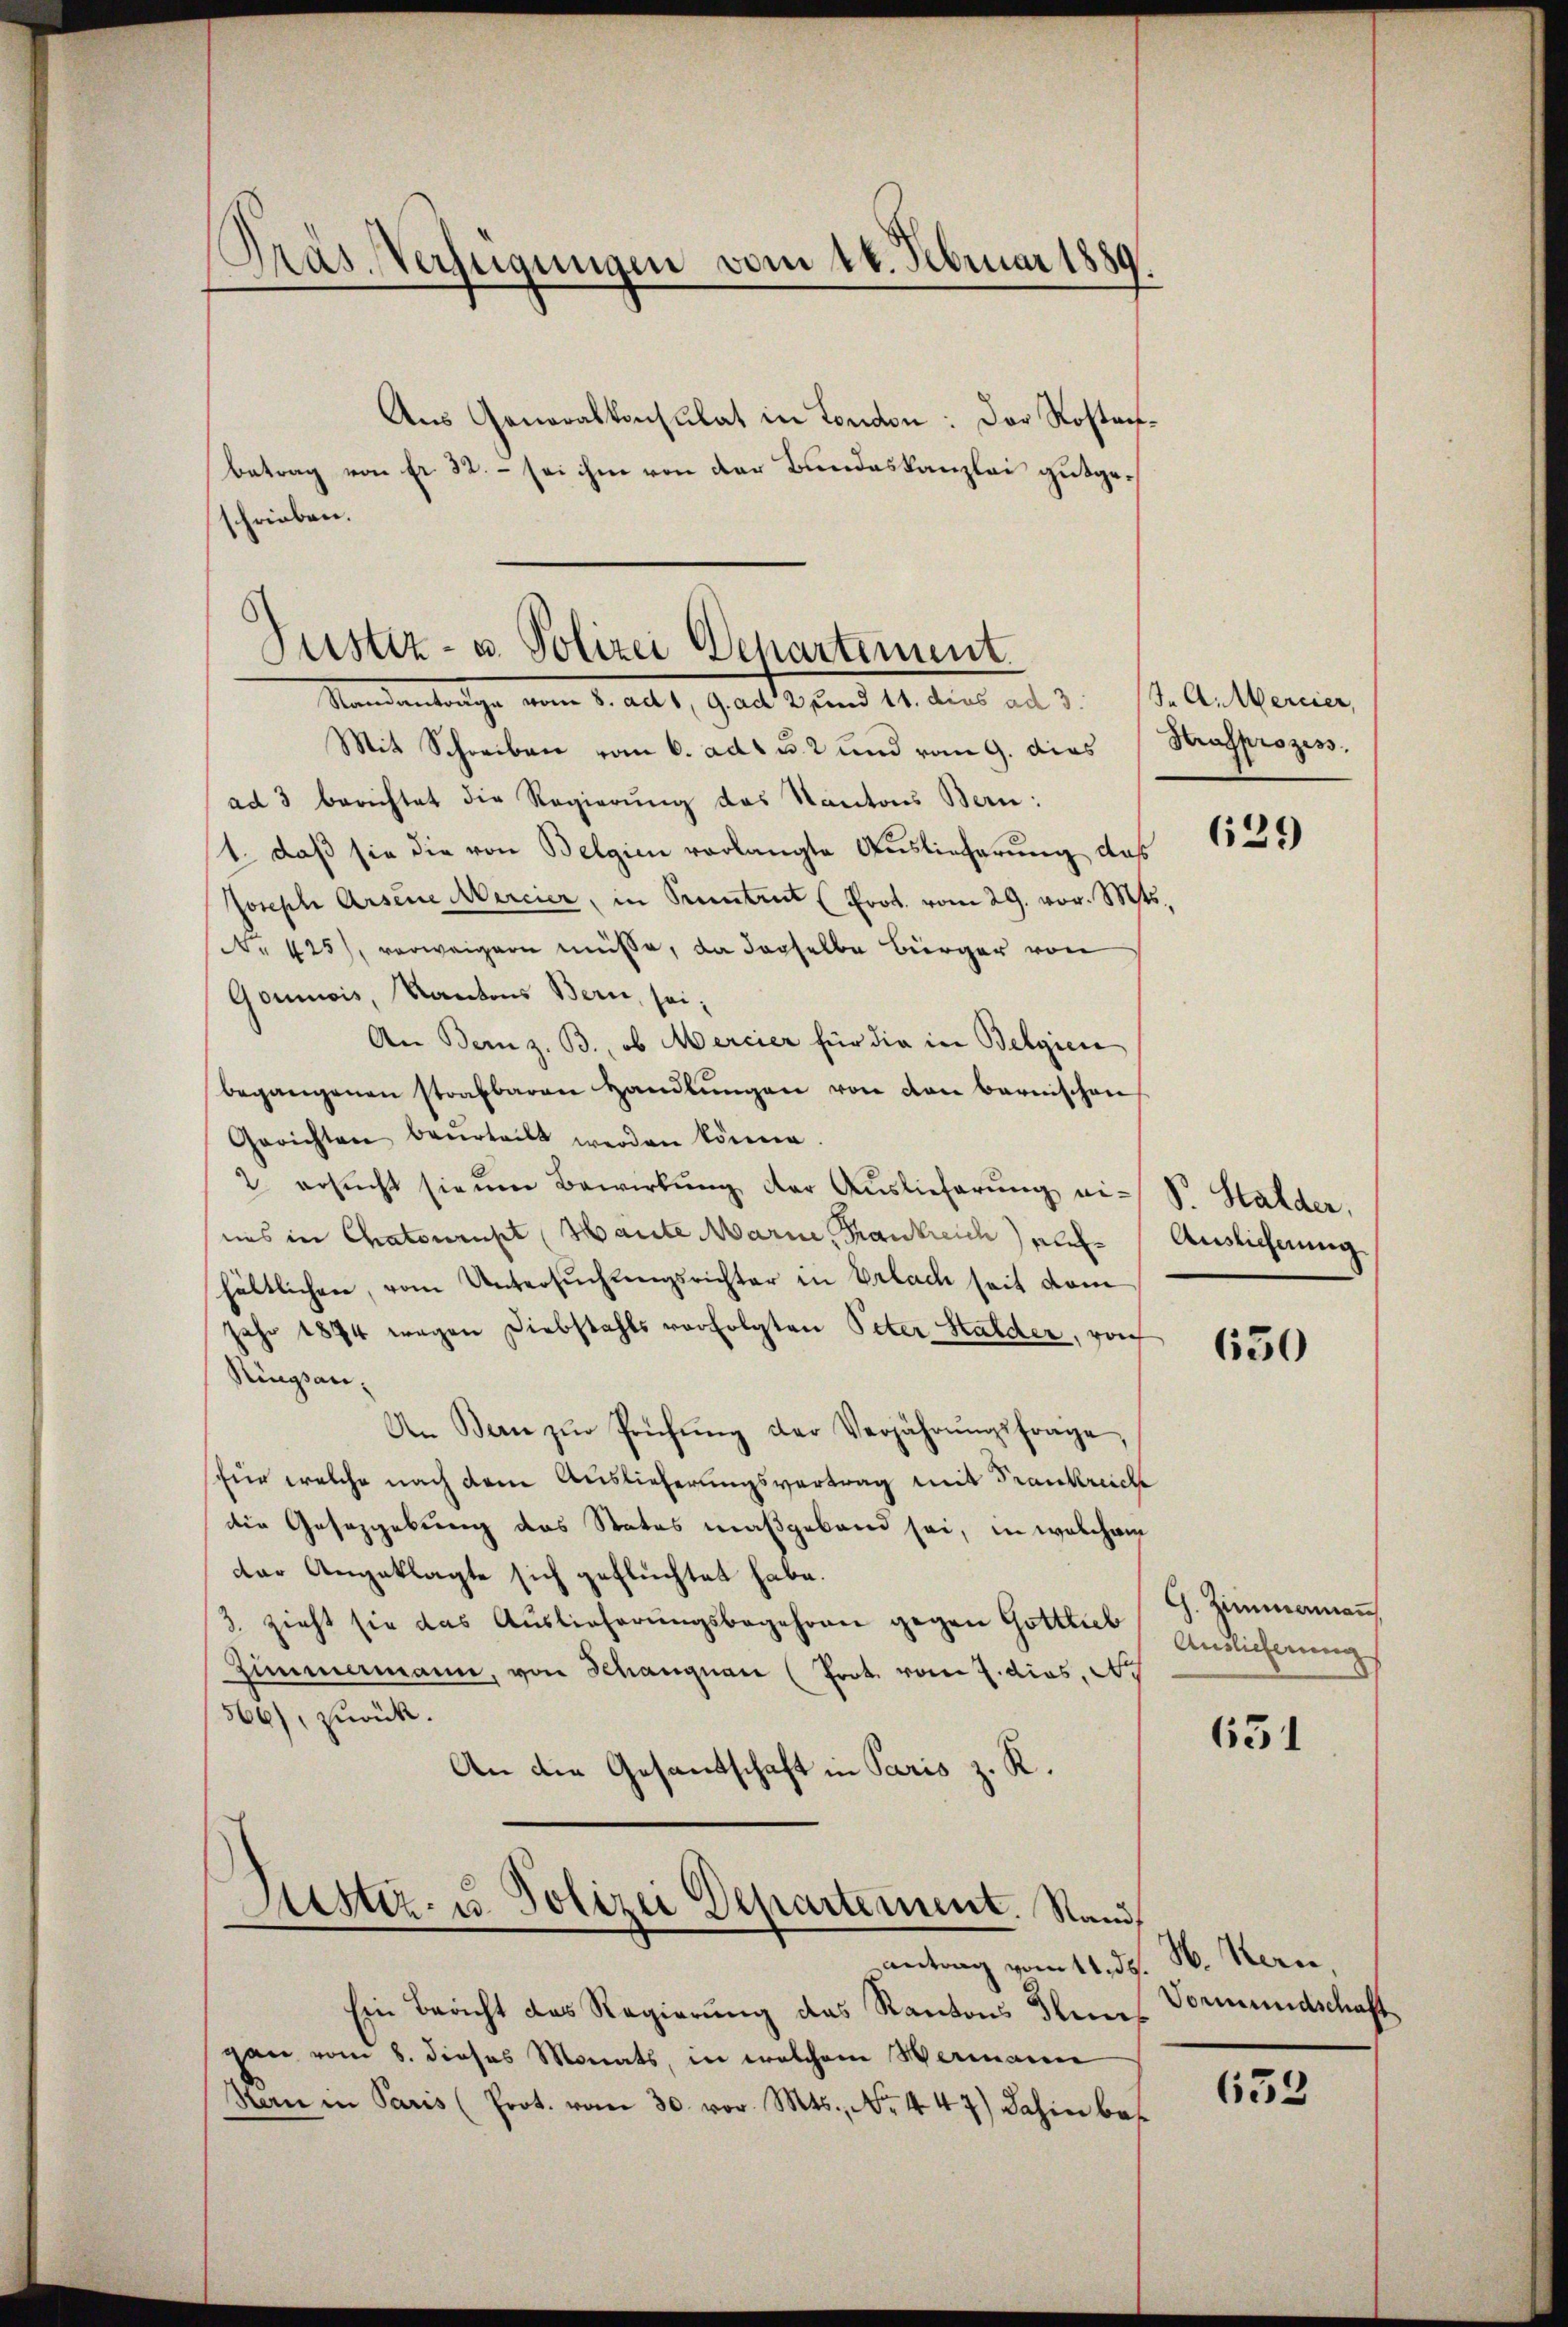
Präs. Verfeigungen vom 18. Februar 1889.

Aus Generalkonsulat in London: Der Rostanbetrag von fr. 32. – sei ihm von der Bundeskanzlei gutgeschrieben.

Justiz- u. Polizei Departement
Mandantrage vom 1. alt, Gant J. und 14. den an d. 14. Attenen

Justiz- u. Polizei Departement. Stand,

antrag vom 11. ds.
Ein Bericht des Regierung das Kantons Flunt
gan vom 8. dieses Monats, in welchem Wermann
Man in Paris (Prot. vom 30. vor. Mts., Nr. 447) dahin bes

Mit Schreiben vom 6. ad 1 u. 2 und vom 9. dies
ad 3 berichtet die Regierung des Kantons Bern:
1. daß sie die von Belgien vorlangte Auslieferung das
Joseph Arsene Mercier, in Pruntrut (Prot. vom 29. vor. Mts.
Nr 425), verweigern müsse, da derselbe Bürger von
Goumois, Kantons Bern, sei,
An Bern z. B., ob Mercier für die in Belgien
begangenen strafbaren Handlŭngen von den bernischen
Gerichten beurteilt werden könne.
2 ersŭcht sie ŭm Bewirkŭng der Auslieferung ei- Sr. Halder,
uns in Chateurupt (Mante Marie, Frankreich auf Auslieferung
hältlichen, vom Untersuchungsrichter in Erlach seit dem
Jahr 1874 wegen Diebstahls vorfolgten Peter Stalder, vorh
Ringsan¬
An Bern zŭr Prüfŭng der Verjährŭngsfrage,
für welche nach dem Auslieferungsvertrag mit Frankreiche
die Gesetzgebung das Status maßgeband sei, in welchem
der Angeklagte sich geflüchtet habe.
3. zieht sie das Auslieferŭngsbegehren gegen Gottes Auslicherŭng
Zimmermann, von Schanquar (Prot. vom 2. dies, A
566), zurück.
An die Gesandtschaft in Paris z. R.

Strafprozess

629

650

G. Zimmenann

631

H. Kern,
Vormundschaft

653